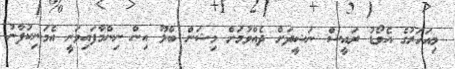
މިއަހަރުގެ އެވޯޑު ރައީސް ނަޝީދަށް ދެއްވުމަށް މިޝަން ބްލޫ އިން ނިންމާފައިވަނީ އެމަނިކުފާނު